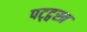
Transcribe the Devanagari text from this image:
पट्ट्वस्त्र